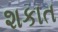
શકાત